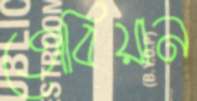
তোবিয়ান